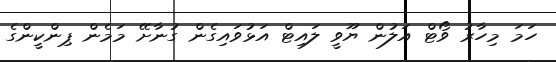
ހަމަ މިހާރު ވޯޓް އަލުން ޔޫވީ ލައިޓް އަޅުވައިގެން ގުނާށޭ މަމެން ޕިންކީންގެ